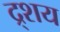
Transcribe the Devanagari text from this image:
द्र्शय